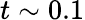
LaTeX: t\sim 0.1